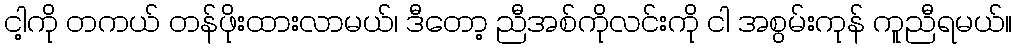
ငါ့ကို တကယ် တန်ဖိုးထားလာမယ်၊ ဒီတော့ ညီအစ်ကိုလင်းကို ငါ အစွမ်းကုန် ကူညီရမယ်။